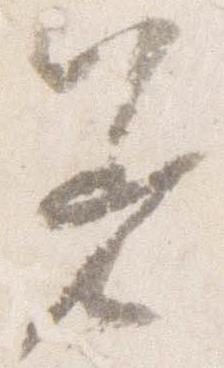
着